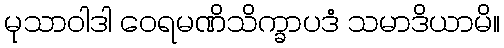
မုသာဝါဒါ ဝေရမဏိသိက္ခာပဒံ သမာဒိယာမိ။